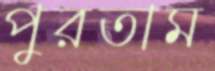
পুরতাম